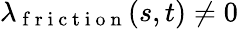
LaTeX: \lambda_{\mathrm{~f~r~i~c~t~i~o~n~}}(s,t)\neq 0